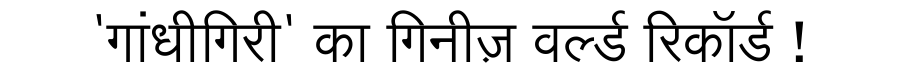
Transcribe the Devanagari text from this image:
'गांधीगिरी' का गिनीज़ वर्ल्ड रिकॉर्ड !